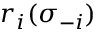
r _ { i } ( \sigma _ { - i } )